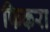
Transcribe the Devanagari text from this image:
फिकरा